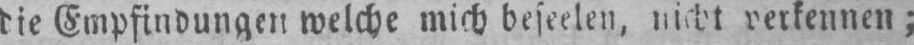
verkennen;